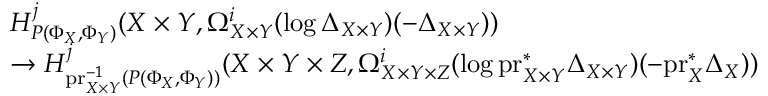
\begin{array} { r l } & { H _ { P ( \Phi _ { X } , \Phi _ { Y } ) } ^ { j } ( X \times Y , \Omega _ { X \times Y } ^ { i } ( \log \Delta _ { X \times Y } ) ( - \Delta _ { X \times Y } ) ) } \\ & { \to H _ { \mathrm { p r } _ { X \times Y } ^ { - 1 } ( P ( \Phi _ { X } , \Phi _ { Y } ) ) } ^ { j } ( X \times Y \times Z , \Omega _ { X \times Y \times Z } ^ { i } ( \log \mathrm { p r } _ { X \times Y } ^ { * } \Delta _ { X \times Y } ) ( - \mathrm { p r } _ { X } ^ { * } \Delta _ { X } ) ) } \end{array}